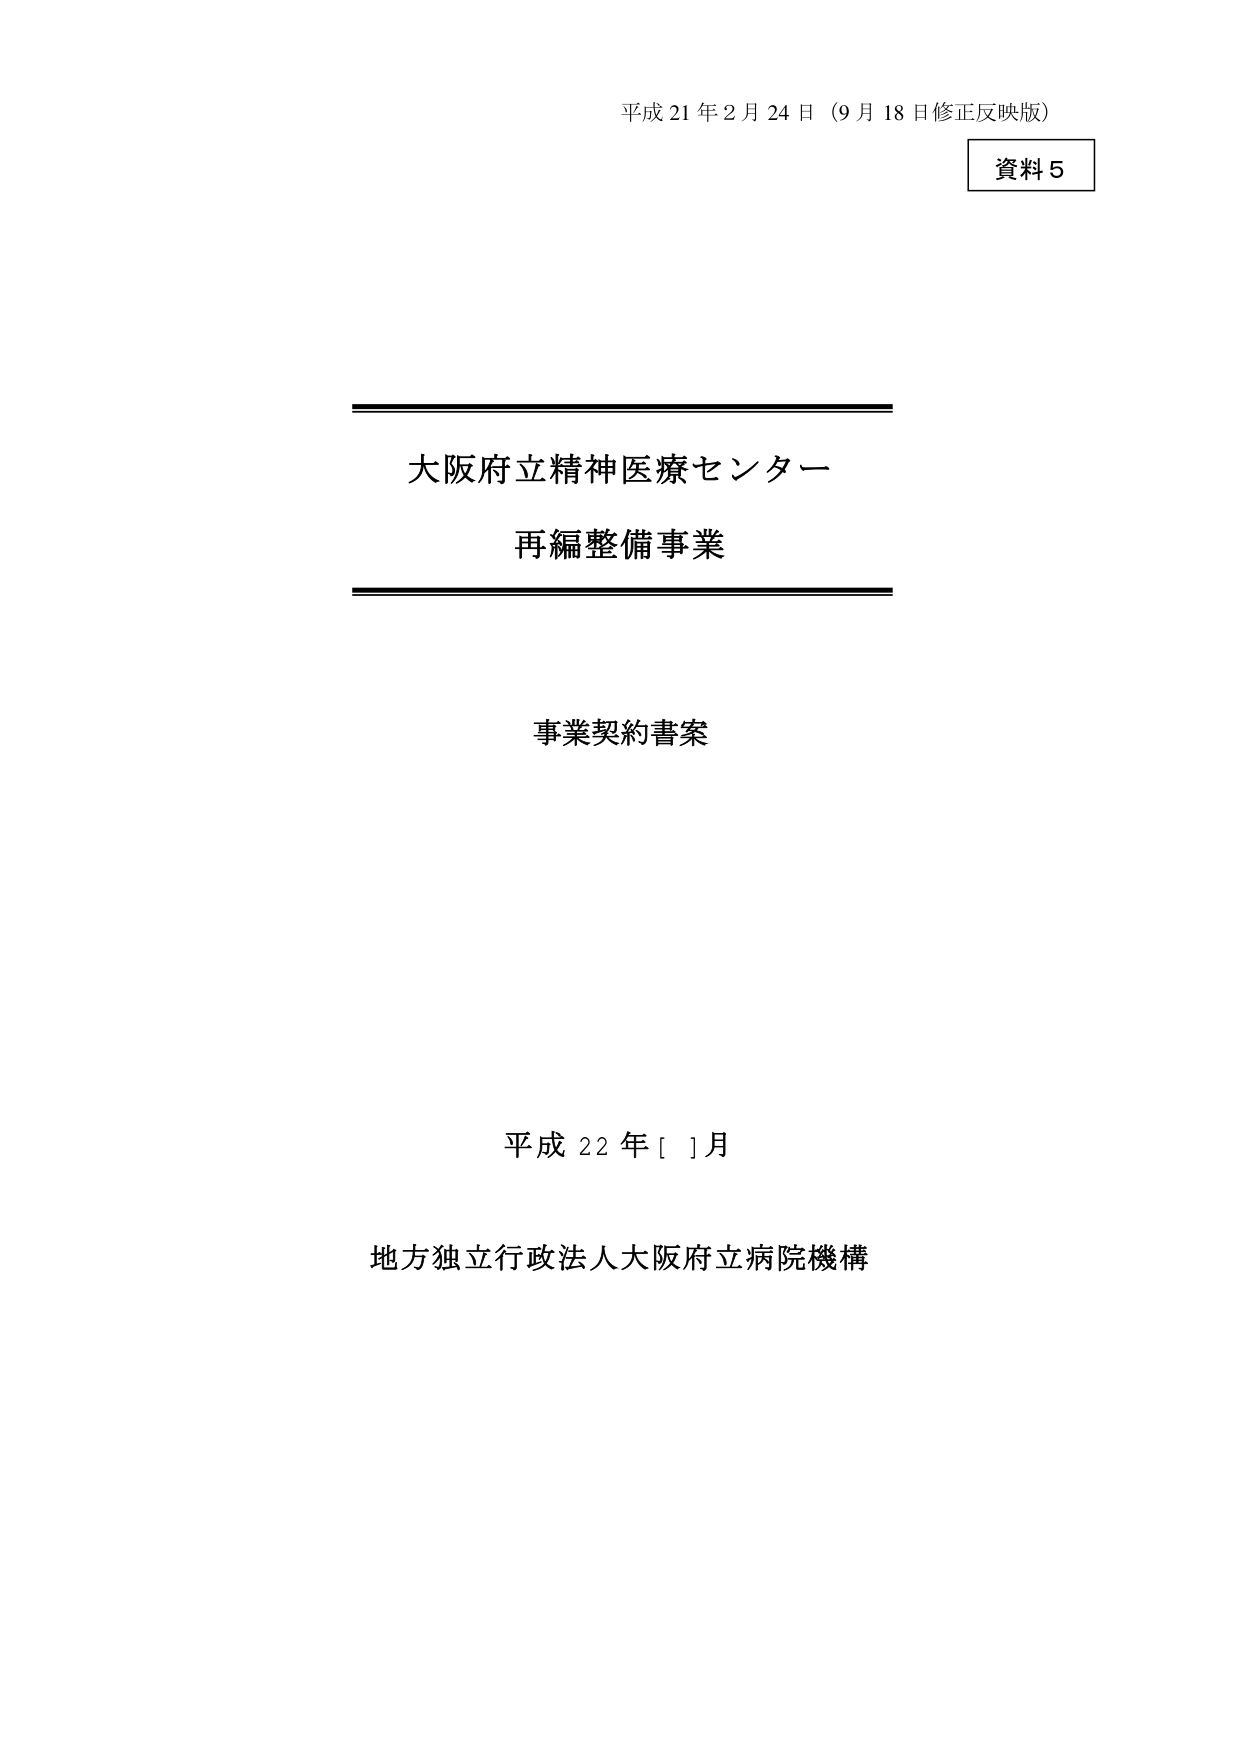
平成21年2月24日（9月18日修正反映版）
資料5

大阪府立精神医療センター
再編整備事業

事業契約書案

平成22年[ ]月
地方独立行政法人大阪府立病院機構